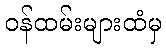
ဝန်ထမ်းများထံမှ